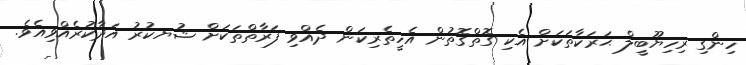
ހިންގި ރިހިޔޫބީލް ޙަރަކާތަކަށް އެކި ގޮތްގޮތުން އެހީތެރިކަން ދެއްވި ފަރާތްތަކަށް ޝުޔކުރު އަދާކުރެއްވިއެވެ.